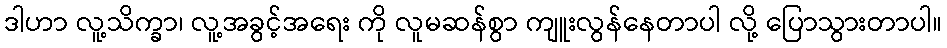
ဒါဟာ လူ့သိက္ခာ၊ လူ့အခွင့်အရေး ကို လူမဆန်စွာ ကျူးလွန်နေတာပါ လို့ ပြောသွားတာပါ။